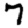
Digit: 7